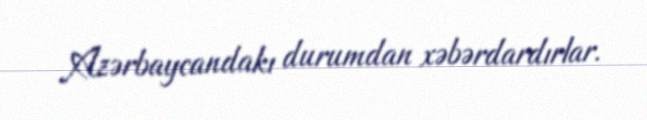
Azərbaycandakı durumdan xəbərdardırlar.